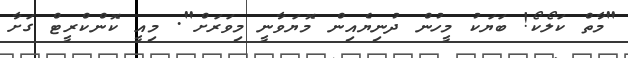
"މާތް ކަލޯކޯ! ބަޔަކު މީހުން ދުނިޔެއިން މޮޔަވާނީ މިވަރަށް". މިއީ ކޮންކްރީޓް ގަށާ